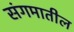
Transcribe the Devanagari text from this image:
संगमातील